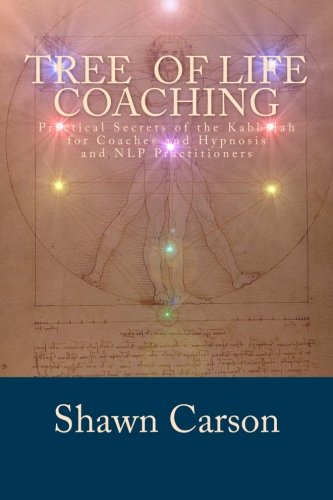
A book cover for Tree of Life Coaching: Practical Secrets of the Kabbalah for Coaches and Hypnosis and NLP Practitioners; Shawn Carson; Self-Help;